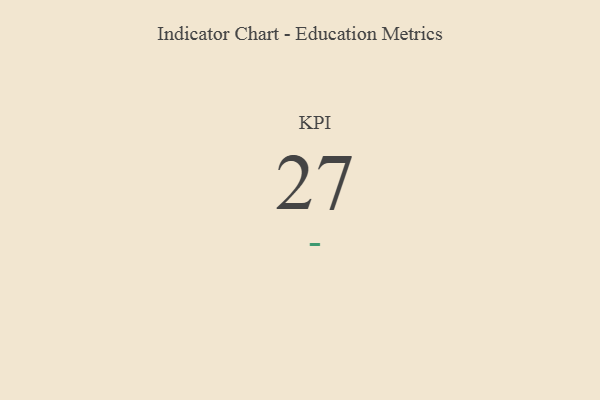
{"axis": {"x": "KPI", "y": "Value"}, "legend": [""], "data": [{"x": "KPI", "y": 27, "type": ""}]}